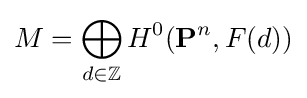
M=\bigoplus _{d\in \mathbb {Z} }H^{0}(\mathbf {P} ^{n},F(d))